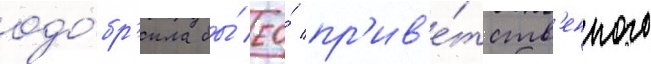
одо́бр'ила бы́ ео́ пр'ив'е́тств'енного